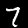
Digit: 7